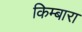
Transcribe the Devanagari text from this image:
किम्बारा